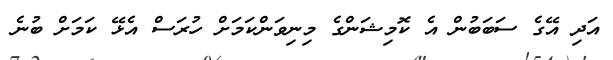
އަދި އޭގެ ސަބަބުން އެ ކޮމިޝަންގެ މިނިވަންކަމަށް ހުރަސް އެޅޭ ކަމަށް ބުނެ